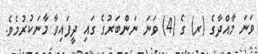
ވަނަ މާއްދާގެ (ރ) ގެ (4) ވަނަ ނަންބަރުގެ ގައި ދީފައިވާ މާނަކުރުމެވެ.